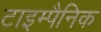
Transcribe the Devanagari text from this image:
टाइम्पैनिक